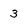
Character: 3